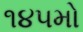
૧૪૫મો